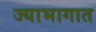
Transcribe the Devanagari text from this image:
ज्याभागात